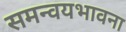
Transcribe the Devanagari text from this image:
समन्वयभावना